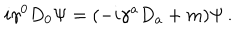
i \gamma ^ { 0 } D _ { 0 } \Psi = ( - i \gamma ^ { a } D _ { a } + m ) \Psi \, .